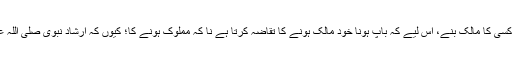
علامہ طیبی رحمہ اللہ فرماتے ہیں کہ یہ ناممکن ہے کہ کوئی شخص اپنے والدین میں سے کسی کا مالک بنے، اس لیے کہ باپ ہونا خود مالک ہونے کا تقاضہ کرتا ہے نا کہ مملوک ہونے کا؛ کیوں کہ ارشاد نبوی صلی اللہ علیہ وسلم ہے: ”انت و مالُکَ لأبیک“، (رواہ ابن ماجۃ) تم اور تمہارا مال تمہارے باپ کا ہے۔